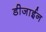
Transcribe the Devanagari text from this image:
डीजाईन